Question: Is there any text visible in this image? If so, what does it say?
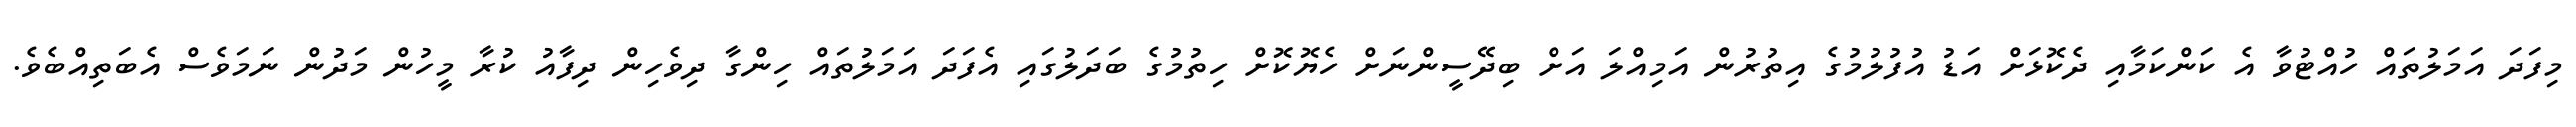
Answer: މިފަދަ އަމަލުތައް ހުއްޓުވާ އެ ކަންކަމާއި ދެކޮޅަށް އަޑު އުފުލުމުގެ އިތުރުން އަމިއްލަ އަށް ބިދޭސީންނަށް ހެޔޮކޮށް ހިތުމުގެ ބަދަލުގައި އެފަދަ އަމަލުތައް ހިންގާ ދިވެހިން ދިފާއު ކުރާ މީހުން މަދުން ނަމަވެސް އެބަތިއްބެވެ.